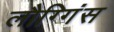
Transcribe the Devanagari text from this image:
लौग्गिंस